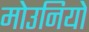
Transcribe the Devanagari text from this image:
मोउनियो